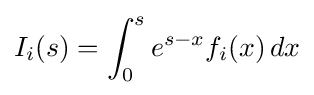
I_{i}(s)=\int _{0}^{s}e^{s-x}f_{i}(x)\,dx